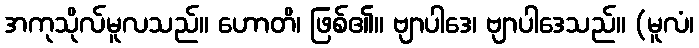
အကုသိုလ်မူလသည်။ ဟောတိ၊ ဖြစ်၏။ ဗျာပါဒေ၊ ဗျာပါဒေသည်။ (မူလံ၊